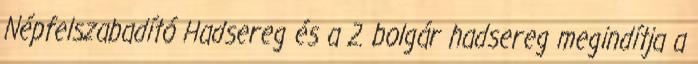
Népfelszabadító Hadsereg és a 2. bolgár hadsereg megindítja a